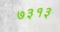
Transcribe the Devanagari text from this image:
७३१३